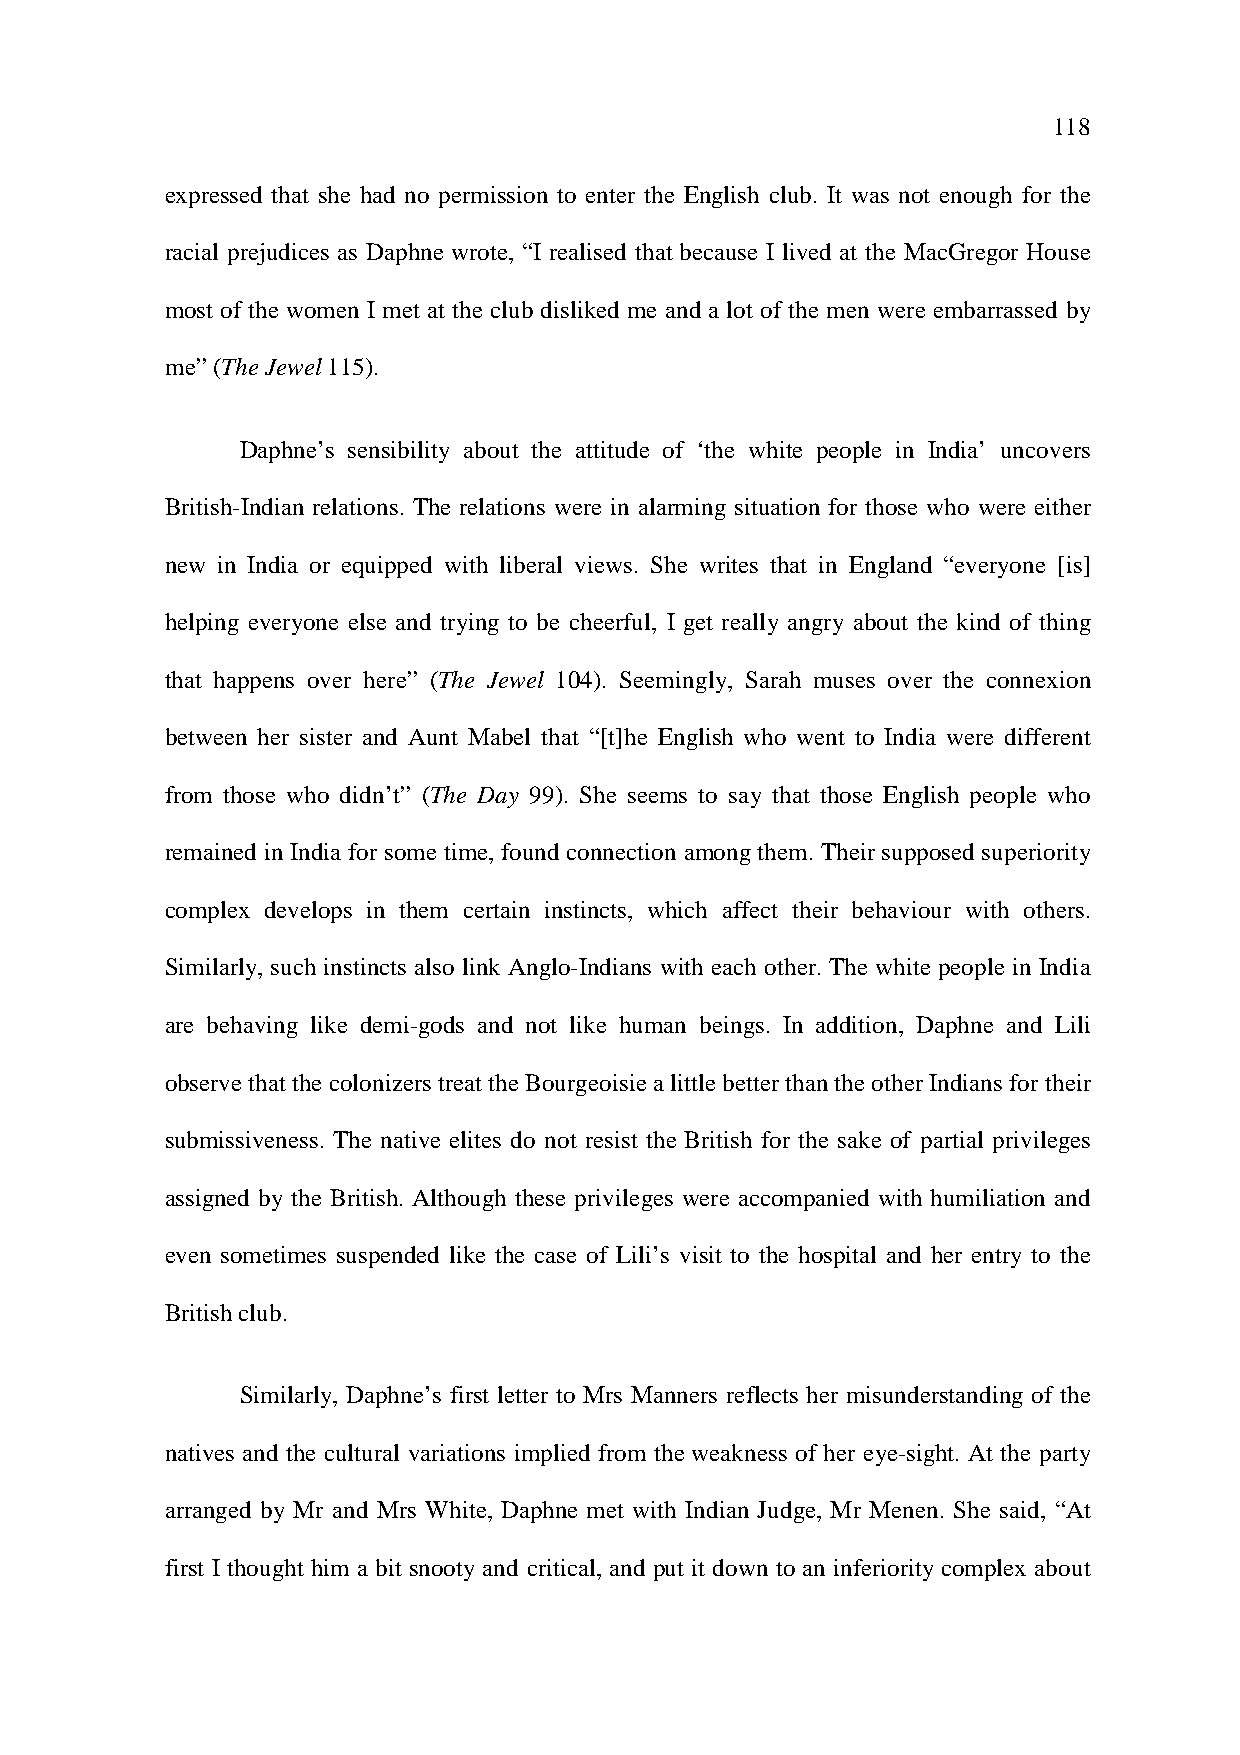
118
 expressed that she had no permission to enter the English club. It was not enough for the
 racial prejudices as Daphne wrote, “I realised that because I lived at the MacGregor House
 most of the women I met at the club disliked me and a lot of the men were embarrassed by
 me” (The Jewel 115).
 Daphne’s sensibility about the attitude of ‘the white people in India’ uncovers
 British-Indian relations. The relations were in alarming situation for those who were either
 new in India or equipped with liberal views. She writes that in England “everyone [is]
 helping everyone else and trying to be cheerful, I get really angry about the kind of thing
 that happens over here” (The Jewel 104). Seemingly, Sarah muses over the connexion
 between her sister and Aunt Mabel that “[t]he English who went to India were different
 from those who didn’t” (The Day 99). She seems to say that those English people who
 remained in India for some time, found connection among them. Their supposed superiority
 complex develops in them certain instincts, which affect their behaviour with others.
 Similarly, such instincts also link Anglo-Indians with each other. The white people in India
 are behaving like demi-gods and not like human beings. In addition, Daphne and Lili
 observe that the colonizers treat the Bourgeoisie a little better than the other Indians for their
 submissiveness. The native elites do not resist the British for the sake of partial privileges
 assigned by the British. Although these privileges were accompanied with humiliation and
 even sometimes suspended like the case of Lili’s visit to the hospital and her entry to the
 British club.
 Similarly, Daphne’s first letter to Mrs Manners reflects her misunderstanding of the
 natives and the cultural variations implied from the weakness of her eye-sight. At the party
 arranged by Mr and Mrs White, Daphne met with Indian Judge, Mr Menen. She said, “At
 first I thought him a bit snooty and critical, and put it down to an inferiority complex about